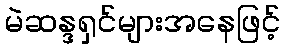
မဲဆန္ဒရှင်များအနေဖြင့်